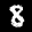
Label: 8